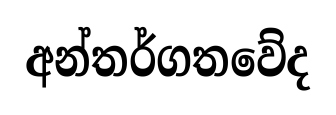
අන්තර්ගතවේද